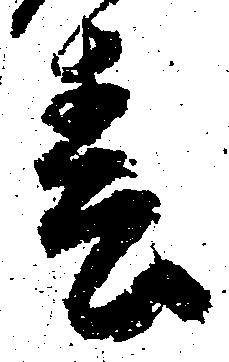
春